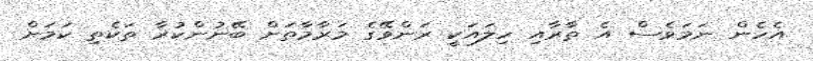
އެހެން ނަމަވެސް އެ ތާރާއި ހިލައަކީ ރަންވޭގެ މަރާމާތަށް ބޭނުންކުރާ ތަކެތި ކަމަށް